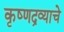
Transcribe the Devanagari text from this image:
कृष्णद्रव्याचे